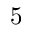
5